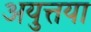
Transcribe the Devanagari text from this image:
अयुत्तया